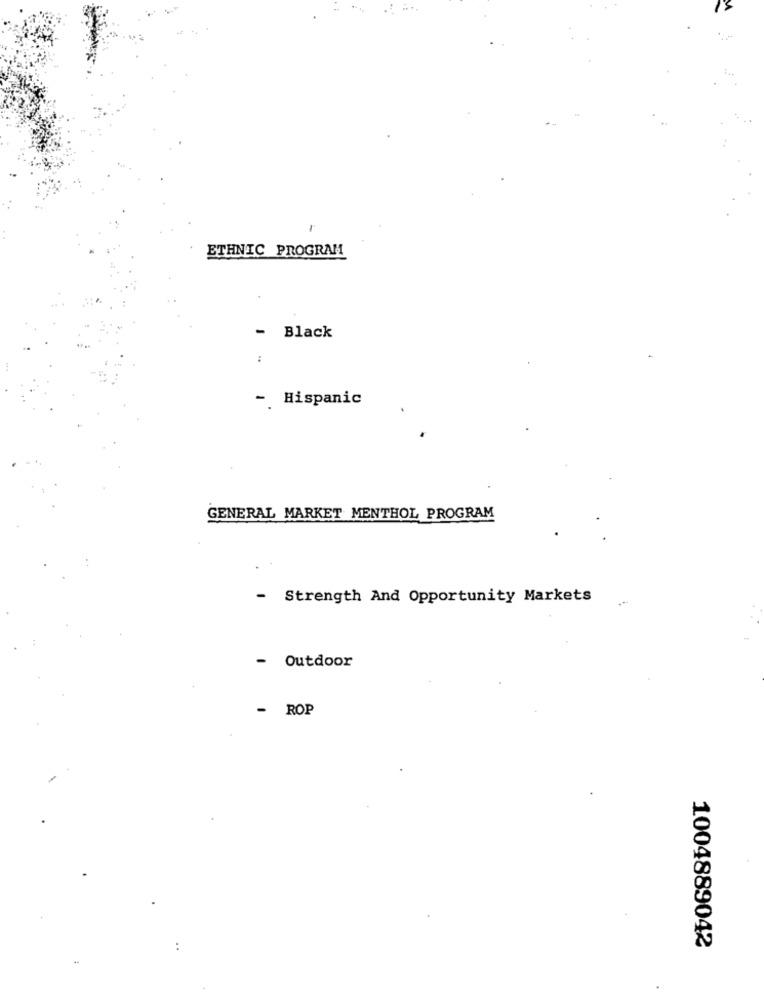
ETHNIC PROGRAM
- Black
:
-. Hispanic
GENERAL MARKET MENTHOL PROGRAM
- Strength And Opportunity Markets
- Outdoor
- ROP
1004889042